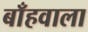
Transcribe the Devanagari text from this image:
बाँहवाला